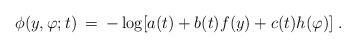
\begin{align*}\phi(y,\varphi;t)\:=\:-\log[a(t)+b(t)f(y)+c(t)h(\varphi)]\; .\end{align*}